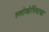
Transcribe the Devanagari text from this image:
स्लोव्हेनियाचा